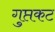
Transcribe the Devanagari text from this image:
गुप्तकट